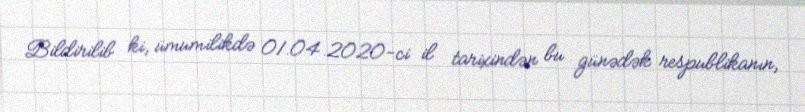
Bildirilib ki, ümumilikdə 01.04.2020-ci il tarixindən bu günədək respublikanın,